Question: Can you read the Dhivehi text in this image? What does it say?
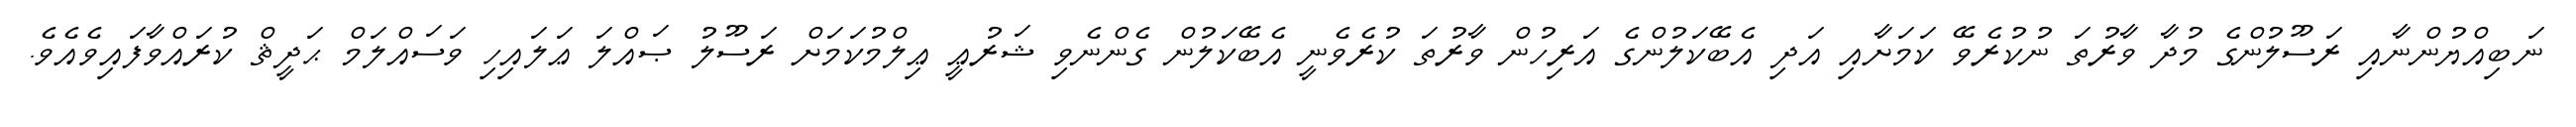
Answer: ނަބިއްޔުންނާއި ރަސޫލުންގެ މުދާ ވާރުތަ ނުކުރެވޭ ކަމަށާއި އަދި އެބޭކަލުންގެ އަރިހުން ވާރުތަ ކުރެވެނީ އެބޭކަލުން ގެންނެވި ޝަރުޢީ ޢިލްމުކަމަށް ރަސޫލު ޞައްލަ ޢަލައިހި ވަސައްލަމް ޙަދީޘް ކުރައްވާފައިވެއެވެ.